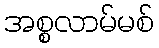
အစ္စလာမ်မစ်